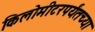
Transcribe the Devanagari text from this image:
किलोमीटरपर्यंतच्या